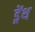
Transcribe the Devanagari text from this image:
ड्रेंथ